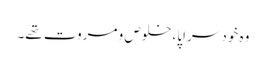
وہ خود سراپا،خلوص و مروت تھے۔